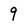
Character: 9